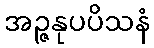
အဉ္ဇနုပပိသနံ